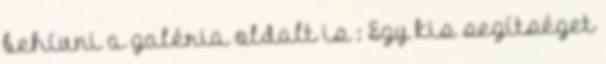
behívni a galéria oldalt is : Egy kis segítséget